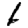
Digit: 1